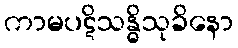
ကာမပဋိသန္ဓိသုခိနော